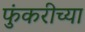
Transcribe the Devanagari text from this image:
फुंकरीच्या